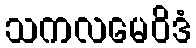
သကလမေဝိဒံ